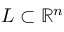
L \subset \mathbb { R } ^ { n }